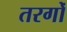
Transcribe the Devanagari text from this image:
तरगोँ